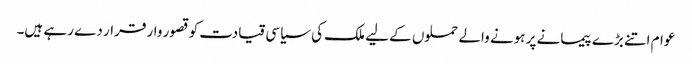
عوام اتنے بڑے پیمانے پر ہونے والے حملوں کے لیے ملک کی سیاسی قیادت کو قصور وار قرار دے رہے ہیں۔